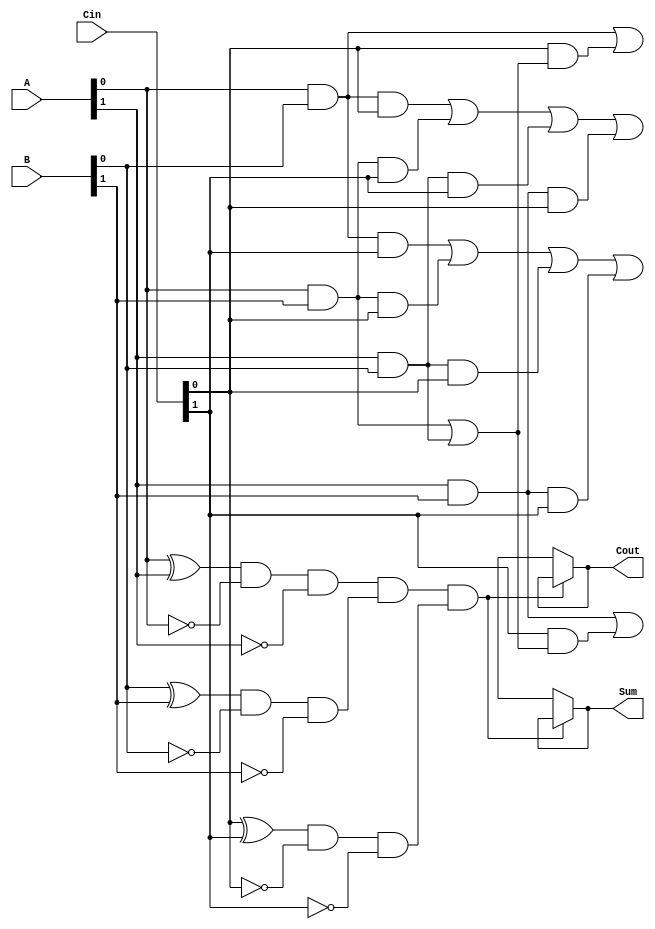
module dual_rail_full_adder (
    input  wire [1:0] A,    // Dual-rail representation of the first input bit
    input  wire [1:0] B,    // Dual-rail representation of the second input bit
    input  wire [1:0] Cin,   // Dual-rail representation of the carry-in bit
    output wire [1:0] Sum,   // Dual-rail representation of the sum output
    output wire [1:0] Cout   // Dual-rail representation of the carry output
);

    // Validity checks for dual-rail inputs
    wire valid_A = (A[0] ^ A[1]) & ~A[0] & ~A[1]; // Only one of A[0] or A[1] should be high
    wire valid_B = (B[0] ^ B[1]) & ~B[0] & ~B[1]; // Only one of B[0] or B[1] should be high
    wire valid_Cin = (Cin[0] ^ Cin[1]) & ~Cin[0] & ~Cin[1]; // Only one of Cin[0] or Cin[1] should be high

    // Intermediate signals for sum and carry calculations
    wire A0_B0 = A[0] & B[0]; // A = 0, B = 0
    wire A0_B1 = A[0] & B[1]; // A = 0, B = 1
    wire A1_B0 = A[1] & B[0]; // A = 1, B = 0
    wire A1_B1 = A[1] & B[1]; // A = 1, B = 1

    wire A_xor_B = (A[0] & B[1]) | (A[1] & B[0]); // A XOR B

    // Sum calculation: S = A  B  Cin
    assign Sum[0] = (A[0] & B[0] & Cin[0]) | (A[0] & B[1] & Cin[1]) | (A[1] & B[0] & Cin[1]) | (A[1] & B[1] & Cin[0]);
    assign Sum[1] = (A[0] & B[0] & Cin[1]) | (A[0] & B[1] & Cin[0]) | (A[1] & B[0] & Cin[0]) | (A[1] & B[1] & Cin[1]);

    // Carry calculation: Cout = (A AND B) OR (Cin AND (A XOR B))
    assign Cout[0] = A0_B0 | (Cin[0] & A_xor_B);
    assign Cout[1] = A1_B1 | (Cin[1] & A_xor_B);

    // Ensure outputs are valid only if inputs are valid
    assign Sum = valid_A & valid_B & valid_Cin ? Sum : 2'bxx; // Invalid output if inputs are not valid
    assign Cout = valid_A & valid_B & valid_Cin ? Cout : 2'bxx; // Invalid output if inputs are not valid

endmodule